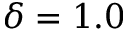
\delta = 1 . 0